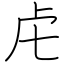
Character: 虍